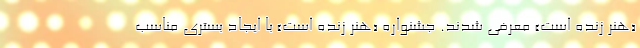
«هنر زنده است» معرفی شدند. جشنواره «هنر زنده است» با ایجاد بستری مناسب